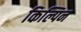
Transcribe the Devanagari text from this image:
किल्पिन